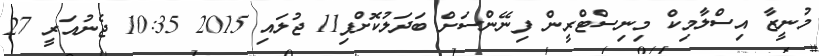
މުނީޒާ އިސްލާމިކް މިނިސްޓްރީން ފިނޭންސަށް ބަދަލުކޮށްފި11 ޖުލައި 2015 10:35 ޖެނުއަރީ 27